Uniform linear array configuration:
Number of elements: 24
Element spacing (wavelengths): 0.5
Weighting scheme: cosine
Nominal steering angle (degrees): -15
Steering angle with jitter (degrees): -13.065
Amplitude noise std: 0.05
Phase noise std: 0.05

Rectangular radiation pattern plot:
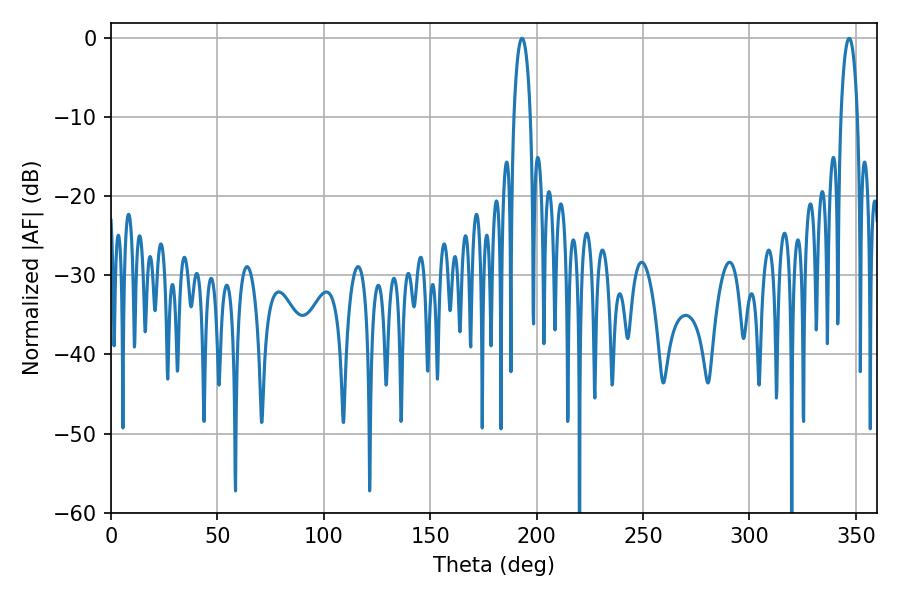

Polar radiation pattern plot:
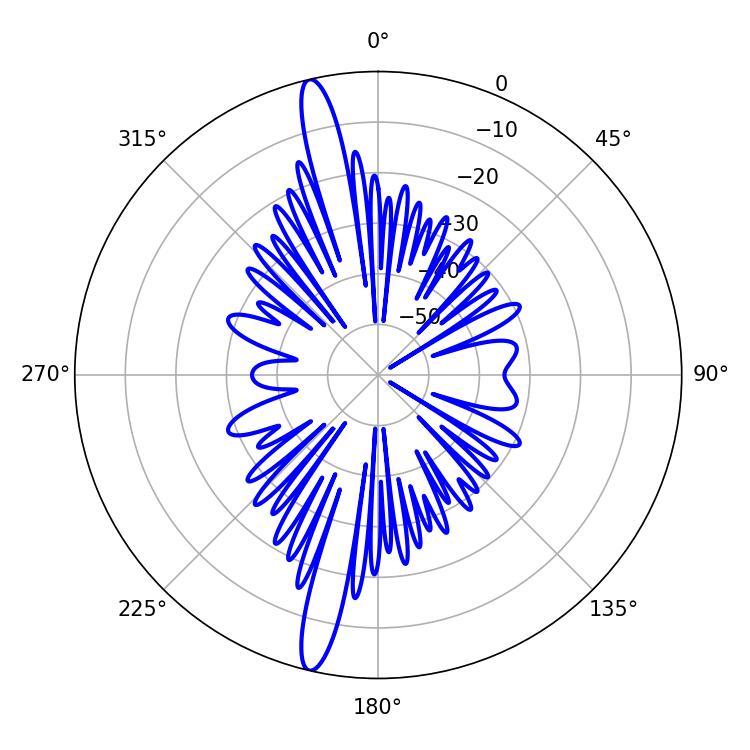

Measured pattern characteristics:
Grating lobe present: FALSE
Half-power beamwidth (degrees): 4.32
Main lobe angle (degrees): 193.14